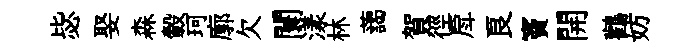
毖娶森轂珂廓欠闤漾林藹賀徑戽良竇開鸛妨